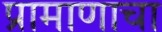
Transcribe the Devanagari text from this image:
प्रामाणाचा